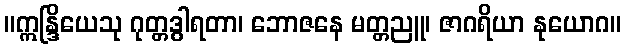
။ဣန္ဒြိယေသု ဂုတ္တဒွါရတာ၊ ဘောဇနေ မတ္တညူ၊ ဇာဂရိယာ နုယောဂ။